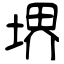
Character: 堺